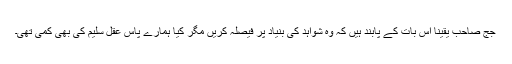
جج صاحب یقیناً اس بات کے پابند ہیں کہ وہ شواہد کی بنیاد پر فیصلہ کریں مگر کیا ہمارے پاس عقل سلیم کی بھی کمی تھی۔